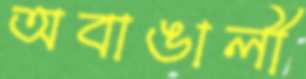
অবাঙালী